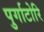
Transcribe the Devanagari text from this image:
पुर्गाटोरि